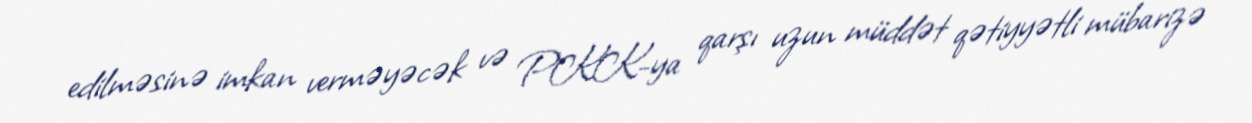
edilməsinə imkan verməyəcək və PKK-ya qarşı uzun müddət qətiyyətli mübarizə